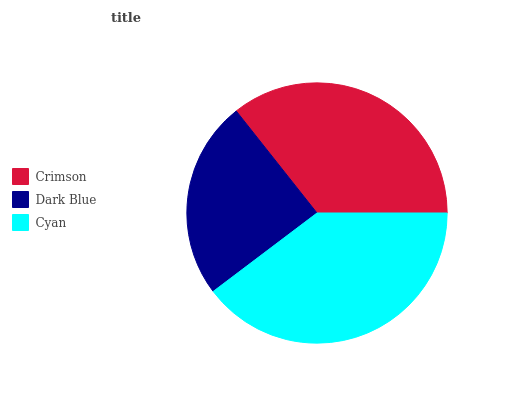
| Crimson | Dark Blue | Cyan |
 | --- | --- | --- |
 | 35.7% | 24.7% | 39.6% |